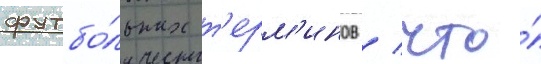
футбо́льных т'ерм'инов / что́